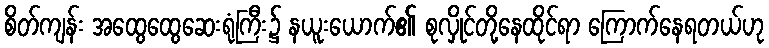
စိတ်ကျန်း အထွေထွေဆေးရုံကြီး၌ နယူးယောက်၏ စုလှိုင်တို့နေထိုင်ရာ ကြောက်နေရတယ်ဟု